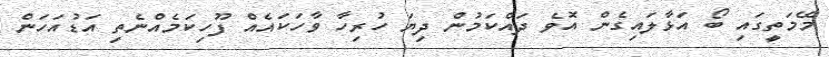
މޭމަތީގައި ބޯ އަޅާލައިގެން އޮވެ ދައްކަމުން ދިޔަ ހުރިހާ ވާހަކައެއް ފޫހިކަމެއްނެތި އަޑުއަހަން